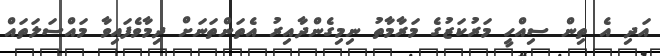
އަދި އެ ތިން ސިއްހީ މަރުކަޒުގެ މަރާމާތު ނިމިގެންދާއިރު އެތަންތަނަށް ދިމާވެފައިވާ މައްސަލަތައް